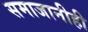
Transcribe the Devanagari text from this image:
समाजानीही